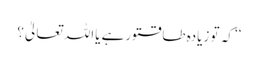
‘‘ کہ تو زیادہ طاقتورہے یااللہ تعالیٰ؟